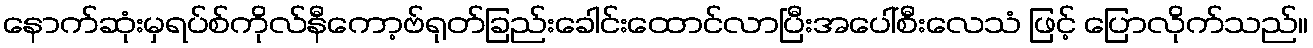
နောက်ဆုံးမှရပ်စ်ကိုလ်နီကော့ဗ်ရုတ်ခြည်းခေါင်းထောင်လာပြီးအပေါ်စီးလေသံ ဖြင့် ပြောလိုက်သည်။